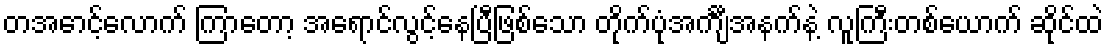
တအောင့်လောက် ကြာတော့ အရောင်လွင့်နေပြီဖြစ်သော တိုက်ပုံအင်္ကျီအနက်နဲ့ လူကြီးတစ်ယောက် ဆိုင်ထဲ